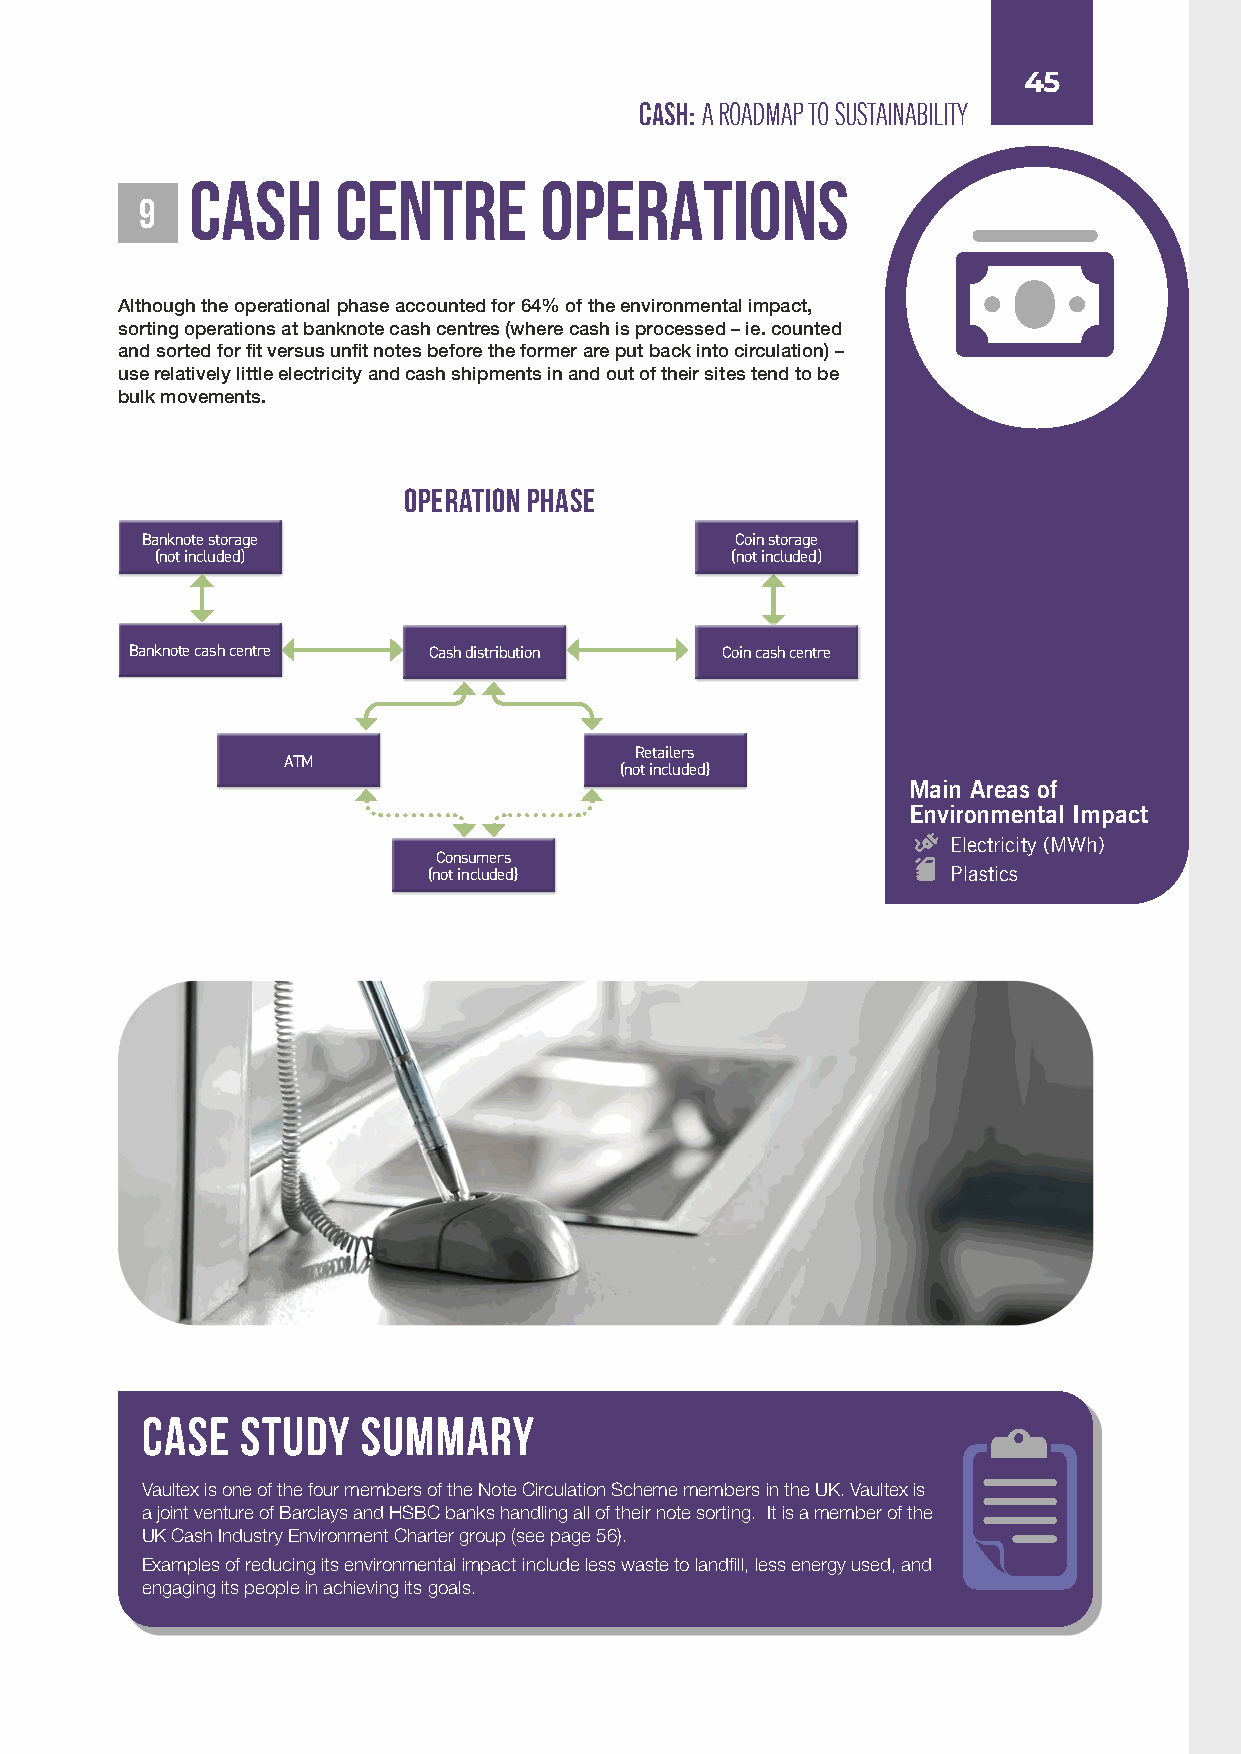
45
 CASH: A ROADMAP TO SUSTAINABILITY
 CASH     CENTRE        OPERATIONS
 9
 Although the operational phase accounted for 64% of the environmental impact,
 sorting operations at banknote cash centres (where cash is processed – ie. counted
 and sorted for fit versus unfit notes before the former are put back into circulation) –
 use relatively little electricity and cash shipments in and out of their sites tend to be
 bulk movements.
 Operation phase
 Banknote storage                        Coin storage
 (not included)                        (not included)
 Banknote cash centre Cash distribution Coin cash centre
 Retailers
 ATM
 (not included}
 Main Areas of
 Environmental Impact
 Electricity (MWh)
 Consumers
 (not included}                     Plastics
 CASE   STUDY   SUMMARY
 Vaultex is one of the four members of the Note Circulation Scheme members in the UK. Vaultex is
 a joint venture of Barclays and HSBC banks handling all of their note sorting. It is a member of the
 UK Cash Industry Environment Charter group (see page 56).
 Examples of reducing its environmental impact include less waste to landfill, less energy used, and
 engaging its people in achieving its goals.